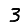
Digit: 3